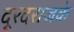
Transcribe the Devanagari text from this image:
दूरदराजके